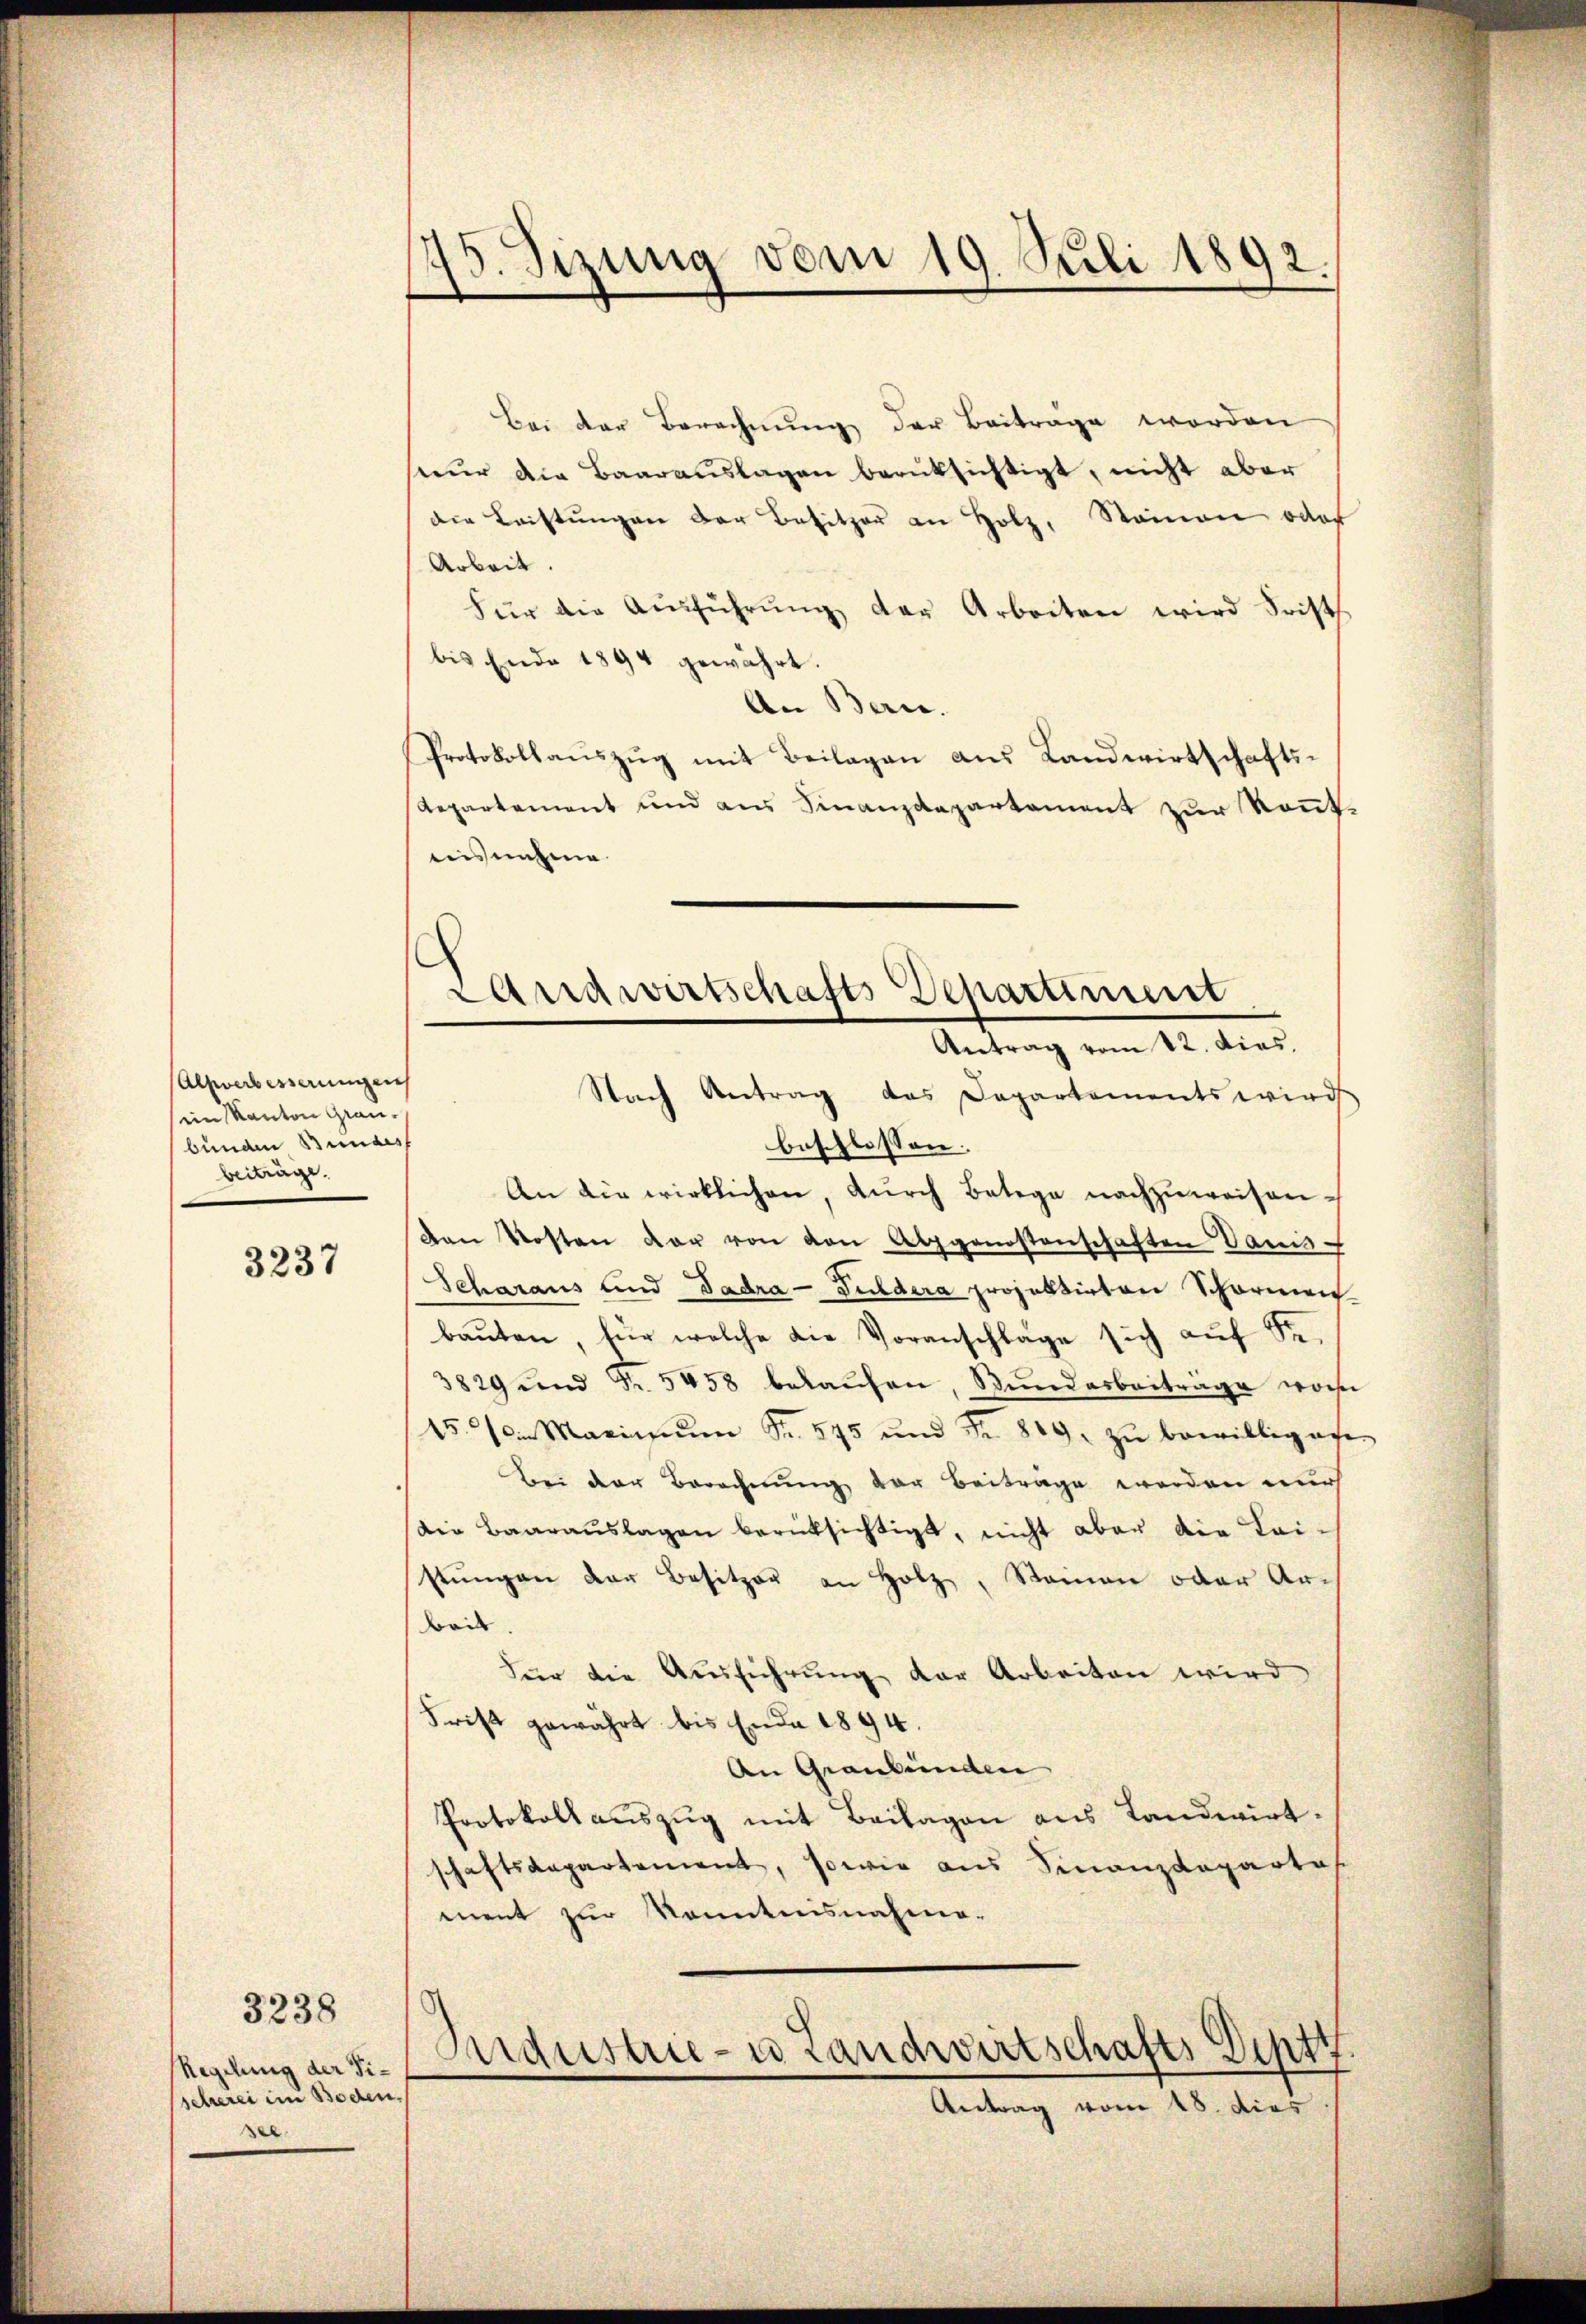
Alzwerbesserungen
in Kanton Graubunden Bundes
beiträge.

3237

Regelung der Tischerei im Boden.
sel

3238

45. Sizung vom 19. Juli 1892.

Bei der Berechnung der Beiträge worden
seŭr die Baarauslagen berüksichtigt, nicht aber
die Leistungen der Besitzer an Holz, Stainen oder
Arbeit.
Für die Aŭsführŭng der Arbeiten wird Frist
bis Ende 1894 gewährt.
An Bern.
Protokollauszug mit Beilagen aus Landwirtschafts¬
Repartement und aus Finanzdepartement zur konnt.
eies nehme

beschlossen:
An die wirklichen, dŭrch Botege nachzuweisen.
van Kosten dar von den Alpgenostenschaften Vams-
Scharaus und Tadra - Guldera projektirten Scharmen
baŭten, für welche die Voranschläge sich aŭf Se.
3829 und Nr. 5458 belaŭfen, Stŭndarbeitrage wohn
15. Marinium Sr. 575 und Fr. 819. zu bewilligene
Bei der Berechnung der Beiträge werden auch
Die Baaraŭslagen berücksichtigt, nicht aber die Lai-
stŭngen der Besitzer an Holz, Namen oder Ar¬
Bril
Für die Ausführung der Arbeiten wird
Frist gewährt bis Ende 1894.
An Graubünden
Protokoll auszug mit Beilagen aus Landwirt.
schaftsdepartement, sowie aus Finanzdepartes
ment zur Kenntnisnahme-

Landwirtschafts-Departiment
Antrag vom 12. dies.
Nach Antrag das Departements wird

Industrie- u Landwirtschafts Deptt
Antrag vom 18. dies